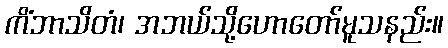
ကိံဘာသိတံ၊ အဘယ်သို့ဟောတော်မူသနည်း။